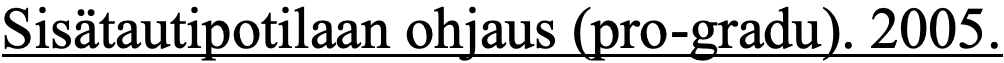
Sisätautipotilaan ohjaus (pro-gradu). 2005.